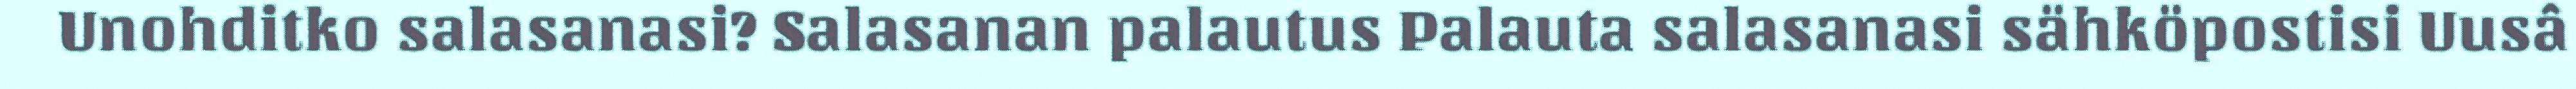
Unohditko salasanasi? Salasanan palautus Palauta salasanasi sähköpostisi Uusâ